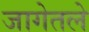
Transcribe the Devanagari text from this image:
जागेतले